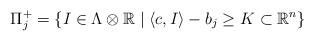
LaTeX: \begin{align*} \Pi_j^+ = \{I\in \Lambda\otimes \mathbb{R}\mid \langle c,I\rangle-b_j\ge K \subset \mathbb{R}^n\} \end{align*}